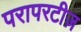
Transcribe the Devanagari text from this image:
परापरटीज़